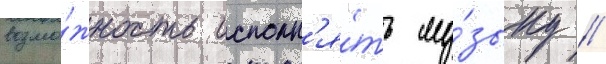
возмо́жность исполн'я́ть му́зыку /